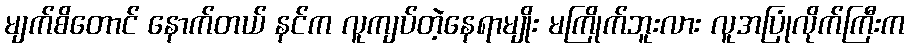
မျက်စိတောင် နောက်တယ် နင်က လူကျပ်တဲ့နေရာမျိုး မကြိုက်ဘူးလား လူအပြုံလိုက်ကြီးက